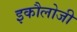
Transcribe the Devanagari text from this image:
इकौलोजी